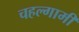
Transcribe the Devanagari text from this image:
चहल्गामी